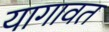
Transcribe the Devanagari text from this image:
यागावत